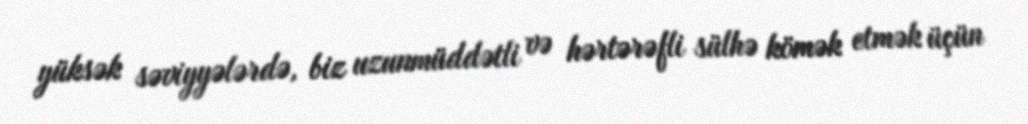
yüksək səviyyələrdə, biz uzunmüddətli və hərtərəfli sülhə kömək etmək üçün